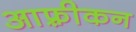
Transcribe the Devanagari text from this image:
आफ़्रीकन